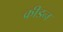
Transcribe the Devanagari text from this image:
क्रीडन